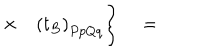
\times \quad \left( t _ { B } \right) _ { P p Q q } \Bigg \} \quad =